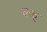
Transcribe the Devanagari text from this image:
ल्क्